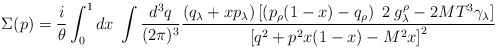
\begin{align*}\Sigma(p)={\frac{ i}{\theta}} \int_0^1 dx \; \int {\frac {d^3q}{(2\pi)^3}} {\frac {\left(q_\lambda+xp_\lambda\right)\left[ \left( p_\rho(1-x)-q_\rho\right)\; 2 \; g^\rho_\lambda-2M T^3\gamma_\lambda\right]}{\left[q^2+p^2x(1-x)-M^2x\right]^2}}\end{align*}